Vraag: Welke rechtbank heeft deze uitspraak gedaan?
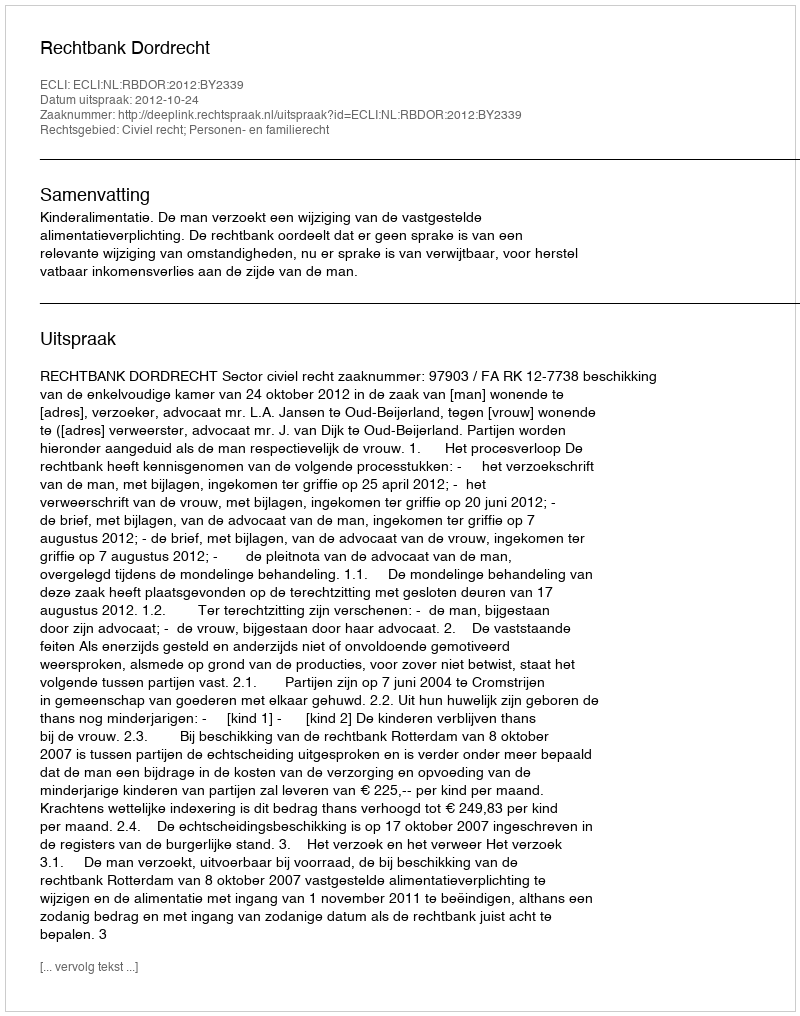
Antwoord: Rechtbank Dordrecht